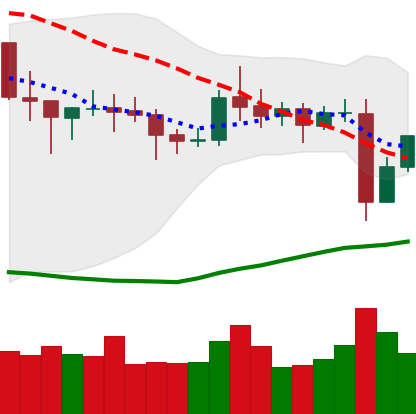
Ticker: NEO-USD
Chart end date: 2021-10-29
Forward return: 8.877%
Label: up_7plus